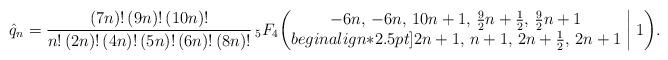
LaTeX: \begin{align*}\hat q_n=\frac{(7n)!\,(9n)!\,(10n)!}{n!\,(2n)!\,(4n)!\,(5n)!\,(6n)!\,(8n)!}\,{}_5F_4\biggl(\begin{matrix} -6n, \, -6n, \, 10n+1, \, \tfrac92n+\tfrac12, \, \tfrac92n+1 \\begin{align*}2.5pt]2n+1, \, n+1, \, 2n+\tfrac12, \, 2n+1 \end{matrix}\biggm|1\biggr).\end{align*}